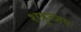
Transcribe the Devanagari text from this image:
शत्रुज्जंय